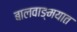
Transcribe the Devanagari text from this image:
बालवाङ्‌मयात